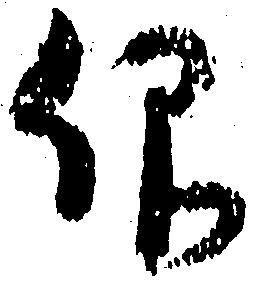
仰